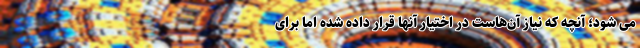
می شود؛ آنچه که نیاز آن‌هاست در اختیار آنها قرار داده شده اما برای